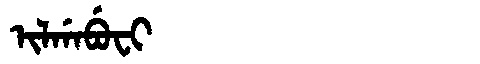
Manchu: ᡳᠯᡤᠠᠪᡠᠸᡳ
Romanization: ILGABUFI